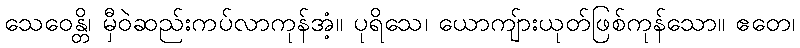
သေဝေန္တိ၊ မှီဝဲဆည်းကပ်လာကုန်အံ့။ ပုရိသေ၊ ယောကျ်ားယုတ်ဖြစ်ကုန်သော။ ဧတေ၊